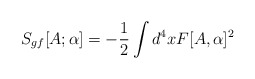
\begin{align*}S_{gf}[A;\alpha ]=-\frac{1}{2}\int d^{4}xF[A,\alpha ]^{2}\end{align*}